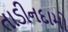
તાડીનદામો